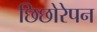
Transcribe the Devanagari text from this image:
छिछोरेपन